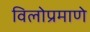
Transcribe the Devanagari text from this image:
विलोप्रमाणे